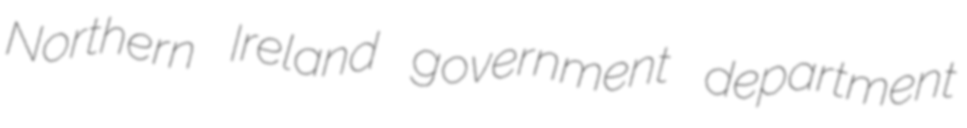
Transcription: Northern Ireland government department